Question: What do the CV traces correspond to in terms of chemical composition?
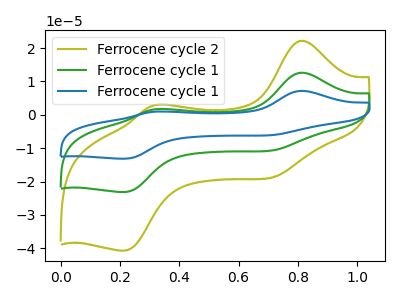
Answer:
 <answer>The olive curve is labeled "Ferrocene cycle 2". The green curve is labeled "Ferrocene cycle 1". The blue curve is labeled "Ferrocene cycle 1".</answer>
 <eval></eval>